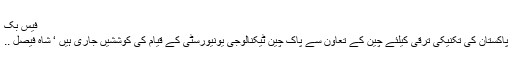
فیس بک
پاکستان کی تکنیکی ترقی کیلئے چین کے تعاون سے پاک چین ٹیکنالوجی یونیورسٹی کے قیام کی کوششیں جاری ہیں ‘ شاہ فیصل ..